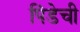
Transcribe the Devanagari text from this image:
पिंडेची